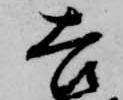
吉